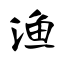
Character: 渔